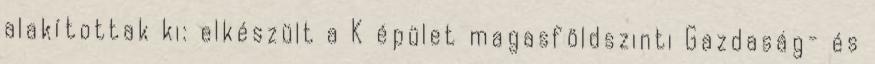
alakítottak ki: elkészült a K épület magasföldszinti Gazdaság- és